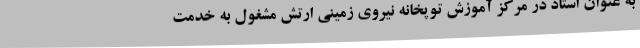
به عنوان استاد در مرکز آموزش توپخانه نیروی زمینی ارتش مشغول به خدمت